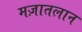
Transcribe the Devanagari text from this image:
मज़ातलान